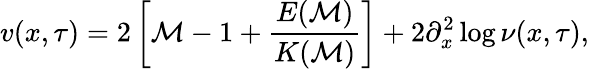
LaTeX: v(x,\tau)=2\left[\mathcal{M}-1+\frac{{E(\mathcal{M})}}{{K(\mathcal{M})}}\right]+2\partial_{x}^{2}\log\nu(x,\tau),